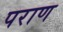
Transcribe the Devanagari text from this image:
पराण